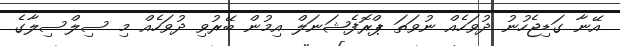
އޭނާ ގަޑިޖެހުނު ދުވަހެއް ނުވަތަ ޕްރޮފެޝަނަލް އިމުން ބޭރުވި ދުވަހެއް މި ސިލްސިލާގެ